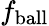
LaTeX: f_{\mathrm{ball}}